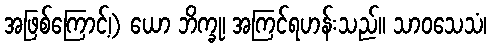
အဖြစ်ကြောင့်၊) ယော ဘိက္ခု၊ အကြင်ရဟန်းသည်။ သာဝသေသံ၊